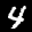
Label: 4